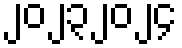
၂၀၂၃၂၀၂၄